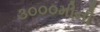
૩૦૦૦મીની